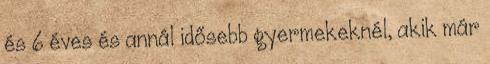
és 6 éves és annál idősebb gyermekeknél, akik már